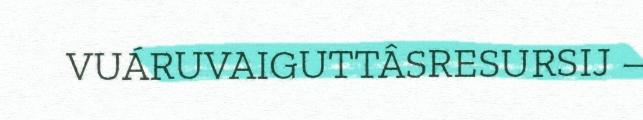
VUÁRUVAIGUTTÂSRESURSIJ –